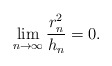
\begin{align*}\lim_{n\to \infty} \frac{r_n^2}{h_n} = 0 . \end{align*}